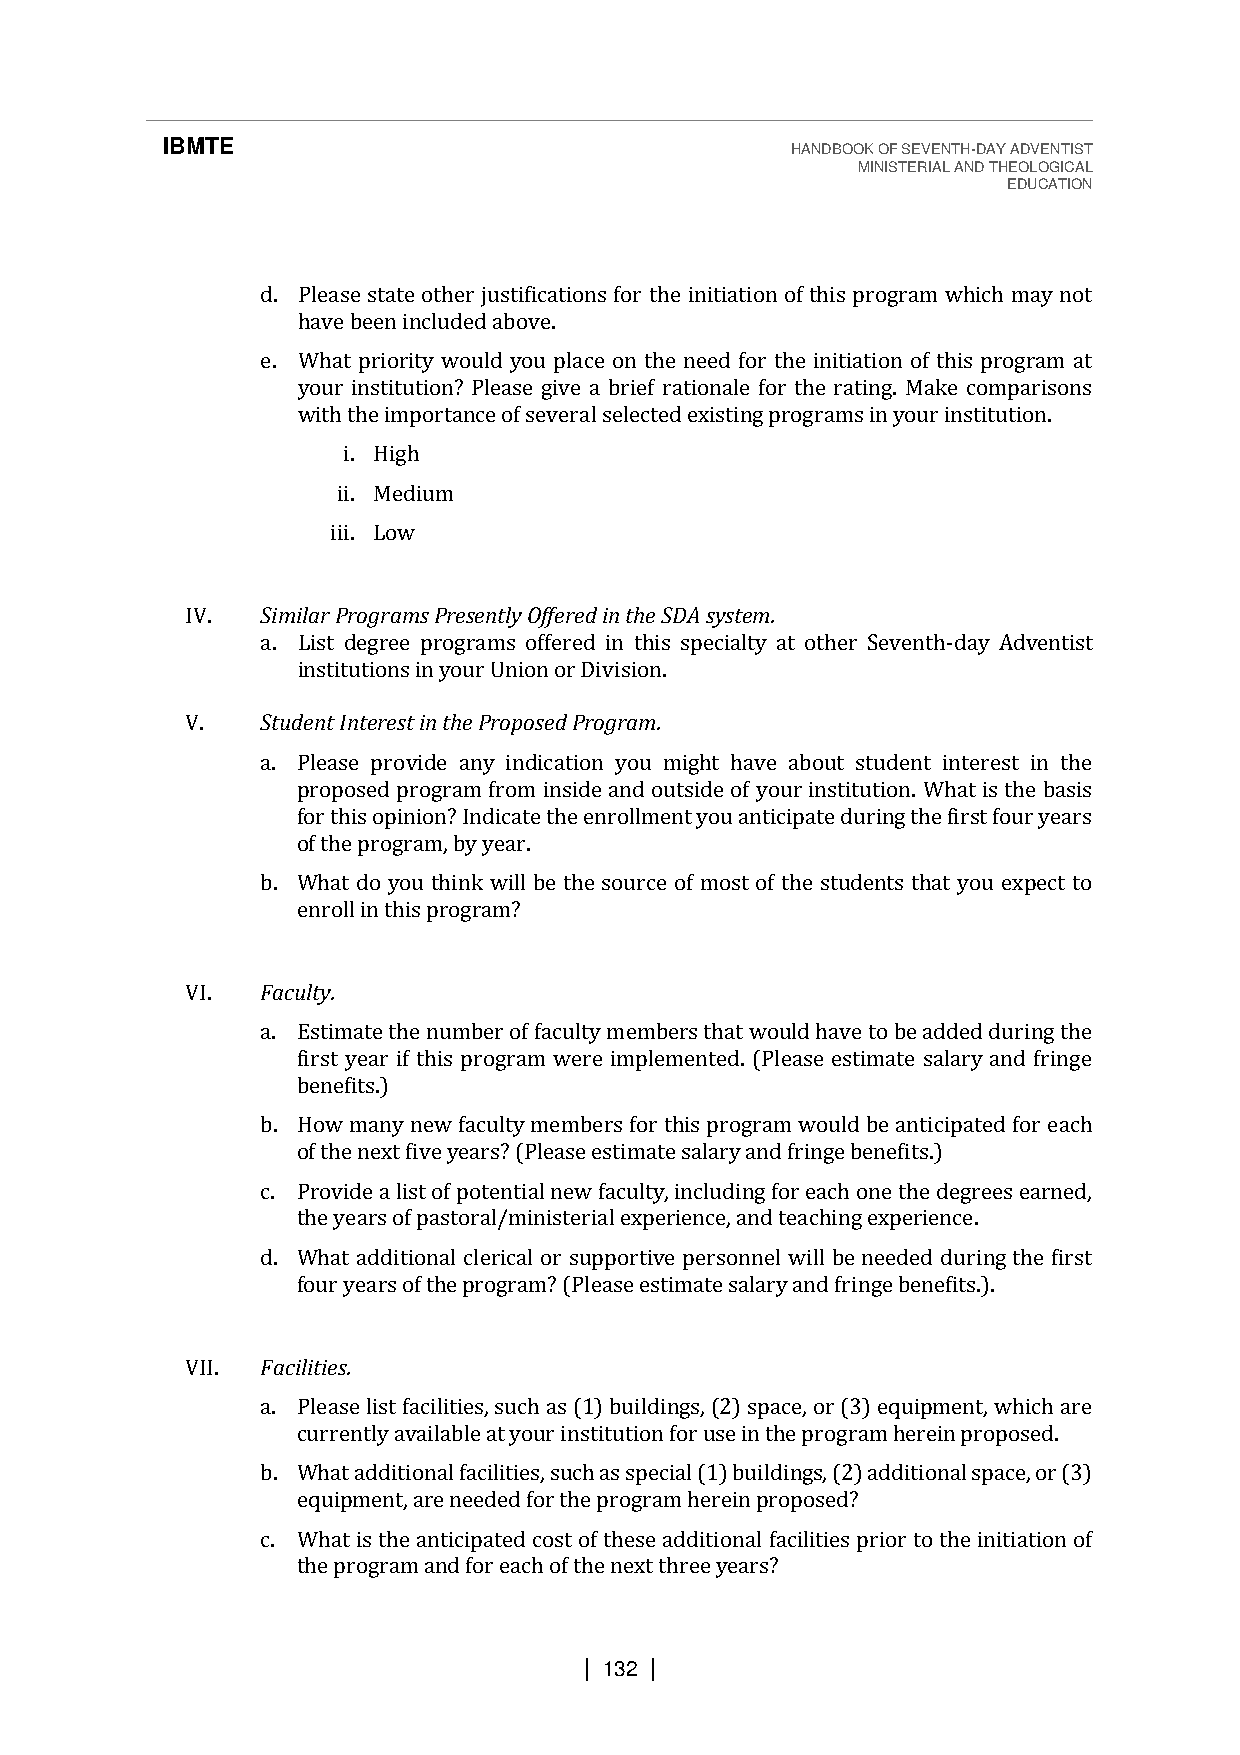
IBMTE                                    HANDBOOK OF SEVENTH-DAY ADVENTIST
 MINISTERIAL AND THEOLOGICAL
 EDUCATION
 d. Please state other justifications for the initiation of this program which may not
 have been included above.
 e. What priority would you place on the need for the initiation of this program at
 your institution? Please give a brief rationale for the rating. Make comparisons
 with the importance of several selected existing programs in your institution.
 i. High
 ii. Medium
 iii. Low
 IV.  Similar Programs Presently Offered in the SDA system.
 a. List degree programs offered in this specialty at other Seventh-day Adventist
 institutions in your Union or Division.
 V.   Student Interest in the Proposed Program.
 a. Please provide any indication you might have about student interest in the
 proposed program from inside and outside of your institution. What is the basis
 for this opinion? Indicate the enrollment you anticipate during the first four years
 of the program, by year.
 b. What do you think will be the source of most of the students that you expect to
 enroll in this program?
 VI.  Faculty.
 a. Estimate the number of faculty members that would have to be added during the
 first year if this program were implemented. (Please estimate salary and fringe
 benefits.)
 b. How many new faculty members for this program would be anticipated for each
 of the next five years? (Please estimate salary and fringe benefits.)
 c. Provide a list of potential new faculty, including for each one the degrees earned,
 the years of pastoral/ministerial experience, and teaching experience.
 d. What additional clerical or supportive personnel will be needed during the first
 four years of the program? (Please estimate salary and fringe benefits.).
 VII. Facilities.
 a. Please list facilities, such as (1) buildings, (2) space, or (3) equipment, which are
 currently available at your institution for use in the program herein proposed.
 b. What additional facilities, such as special (1) buildings, (2) additional space, or (3)
 equipment, are needed for the program herein proposed?
 c. What is the anticipated cost of these additional facilities prior to the initiation of
 the program and for each of the next three years?
 | 132 |